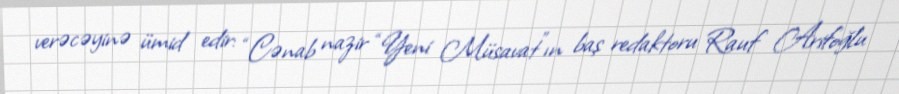
verəcəyinə ümid edir: “Cənab nazir “Yeni Müsavat”ın baş redaktoru Rauf Arifoğlu